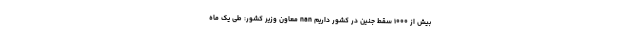
بیش از ۱۰۰۰ سقط جنین در کشور داریم nan معاون وزیر کشور: طی یک ماه